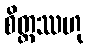
စိတ္တဿဟု